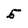
Character: 5